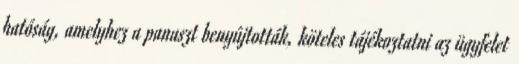
hatóság, amelyhez a panaszt benyújtották, köteles tájékoztatni az ügyfelet